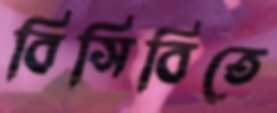
বিসিবিতে